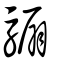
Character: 騸